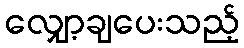
လျှော့ချပေးသည့်